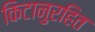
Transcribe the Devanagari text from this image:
किटानुरहित